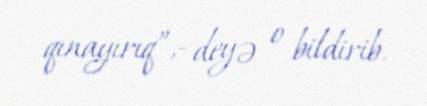
qınayırıq”,- deyə o bildirib.